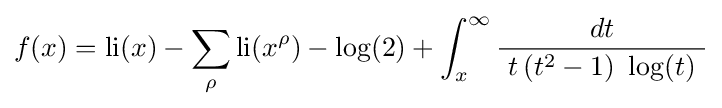
f(x)=\operatorname {li} (x)-\sum _{\rho }\operatorname {li} (x^{\rho })-\log(2)+\int _{x}^{\infty }{\frac {dt}{~t\,(t^{2}-1)~\log(t)~}}